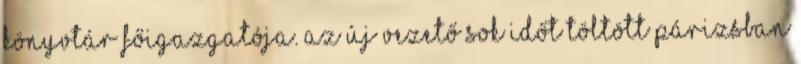
könyvtár főigazgatója. Az új vezető sok időt töltött Párizsban